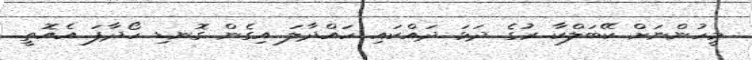
މީހުންނަށް ކޭބަލްކާ ރުގެ ދަޅަ ދައްކައި ހައްދާލަ އިގެން ގޮނޑި ހޯދާފަ އެއޮތީ